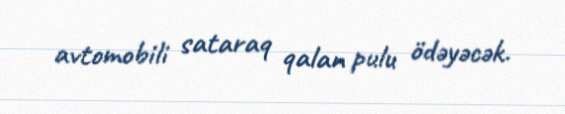
avtomobili sataraq qalan pulu ödəyəcək.